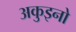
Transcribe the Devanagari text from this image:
अकुइनो